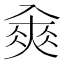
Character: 𠓵